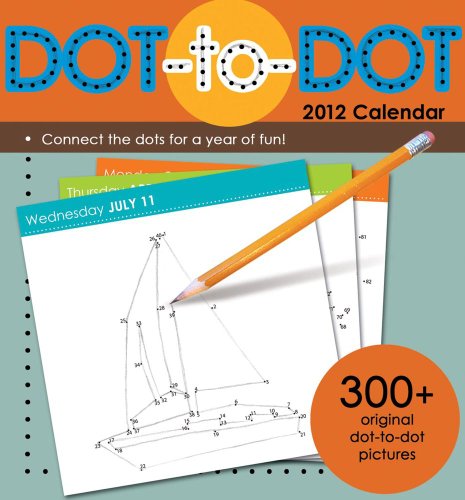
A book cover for Dot-To-Dot: 2012 Day-to-Day Calendar; Accord Publishing; Calendars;